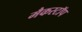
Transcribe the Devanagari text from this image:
मैकस्टॉप